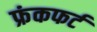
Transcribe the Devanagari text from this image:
फ्रंकफर्ट